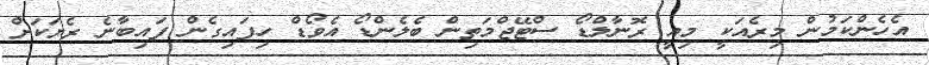
އެހެންކަމުން މިރެއަކީ މިއީ ރޮނާލްޑޯ ސްޓޭޖްމަތިން ބެލެންޑޯ އެވޯޑް ހިފައިގެން ފައިބާނެ ރެޔަކަށް